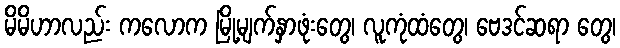
မိမိဟာလည်း ကလောက မြို့မျက်နှာဖုံးတွေ၊ လူကုံထံတွေ၊ ဗေဒင်ဆရာ တွေ၊